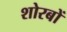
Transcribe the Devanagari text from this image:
शोरबों